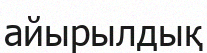
айырылдық